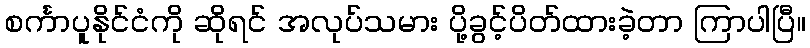
စင်္ကာပူနိုင်ငံကို ဆိုရင် အလုပ်သမား ပို့ခွင့်ပိတ်ထားခဲ့တာ ကြာပါပြီ။